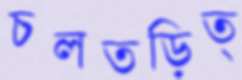
চলতড়িত্